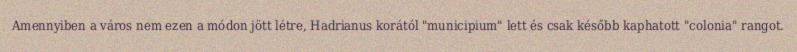
Amennyiben a város nem ezen a módon jött létre, Hadrianus korától "municipium" lett és csak később kaphatott "colonia" rangot.